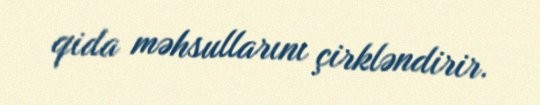
qida məhsullarını çirkləndirir.